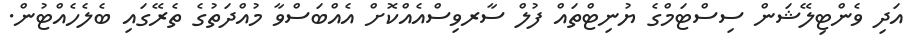
އަދި ވެންޓިލޭޝަން ސިސްޓަމްގެ ޔުނިޓްތައް ފުލް ސާރވިސްއެއްކޮށް އެއްބަސްވާ މުއްދަތުގެ ތެރޭގައި ބެލެހެއްޓުން.